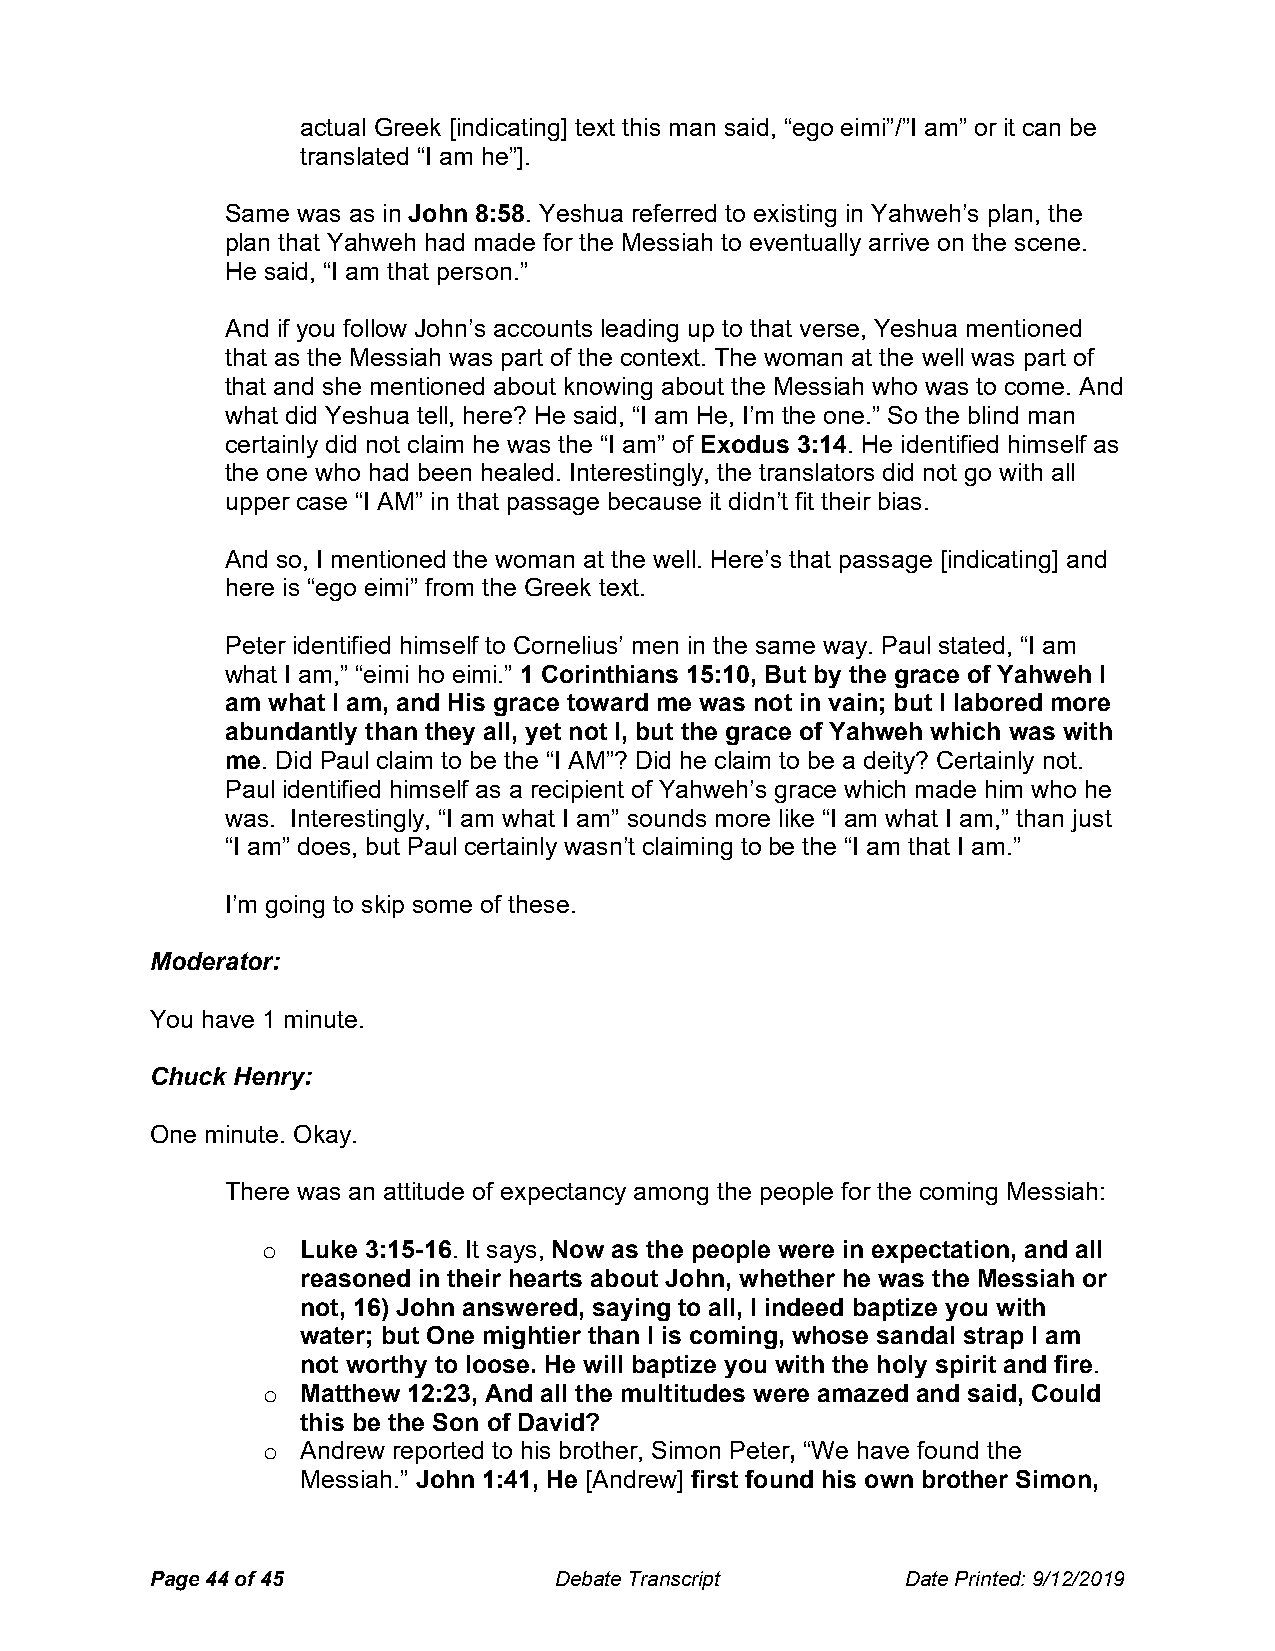
actual Greek [indicating] text this man said, “ego eimi”/”I am” or it can be
 translated “I am he”].
 Same was as in John 8:58. Yeshua referred to existing in Yahweh’s plan, the
 plan that Yahweh had made for the Messiah to eventually arrive on the scene.
 He said, “I am that person.”
 And if you follow John’s accounts leading up to that verse, Yeshua mentioned
 that as the Messiah was part of the context. The woman at the well was part of
 that and she mentioned about knowing about the Messiah who was to come. And
 what did Yeshua tell, here? He said, “I am He, I’m the one.” So the blind man
 certainly did not claim he was the “I am” of Exodus 3:14. He identified himself as
 the one who had been healed. Interestingly, the translators did not go with all
 upper case “I AM” in that passage because it didn’t fit their bias.
 And so, I mentioned the woman at the well. Here’s that passage [indicating] and
 here is “ego eimi” from the Greek text.
 Peter identified himself to Cornelius’ men in the same way. Paul stated, “I am
 what I am,” “eimi ho eimi.” 1 Corinthians 15:10, But by the grace of Yahweh I
 am what I am, and His grace toward me was not in vain; but I labored more
 abundantly than they all, yet not I, but the grace of Yahweh which was with
 me. Did Paul claim to be the “I AM”? Did he claim to be a deity? Certainly not.
 Paul identified himself as a recipient of Yahweh’s grace which made him who he
 was. Interestingly, “I am what I am” sounds more like “I am what I am,” than just
 “I am” does, but Paul certainly wasn’t claiming to be the “I am that I am.”
 I’m going to skip some of these.
 Moderator:
 You have 1 minute.
 Chuck Henry:
 One minute. Okay.
 There was an attitude of expectancy among the people for the coming Messiah:
 o  Luke 3:15-16. It says, Now as the people were in expectation, and all
 reasoned in their hearts about John, whether he was the Messiah or
 not, 16) John answered, saying to all, I indeed baptize you with
 water; but One mightier than I is coming, whose sandal strap I am
 not worthy to loose. He will baptize you with the holy spirit and fire.
 o  Matthew 12:23, And all the multitudes were amazed and said, Could
 this be the Son of David?
 o  Andrew reported to his brother, Simon Peter, “We have found the
 Messiah.” John 1:41, He [Andrew] first found his own brother Simon,
 Page 44 of 45              Debate Transcript      Date Printed: 9/12/2019